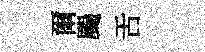
爾颺舌